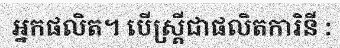
អ្នកផលិត។ បើស្ត្រីជាផលិតការិនី :